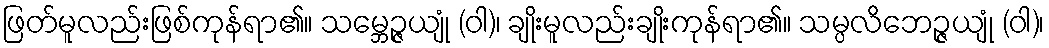
ဖြတ်မူလည်းဖြစ်ကုန်ရာ၏။ သမ္ဘေဉ္ဇယျုံ (ဝါ)၊ ချိုးမူလည်းချိုးကုန်ရာ၏။ သမ္ပလိဘေဉ္ဇယျုံ (ဝါ)၊